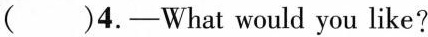
( )4.—What would you like?